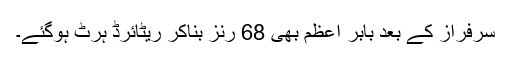
سرفراز کے بعد بابر اعظم بھی 68 رنز بناکر ریٹائرڈ ہرٹ ہوگئے۔